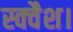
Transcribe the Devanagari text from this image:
स्क्वैश।